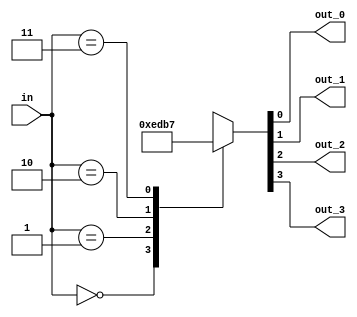
/* ACTIVE LOW */

module two_four_decoder(
    input [1:0] in,
    output out_0, out_1, out_2, out_3
    );

reg [3:0] out;

always @ * begin
    case (in)
        0: out = 4'b1110;
        1: out = 4'b1101;
        2: out = 4'b1011;
        3: out = 4'b0111;
    endcase
end

assign {out_3, out_2, out_1, out_0} = out;

endmodule